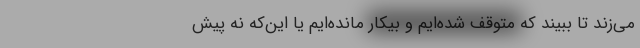
می‌زند تا ببیند که متوقف شده‌ایم و بیکار مانده‌ایم یا این‌که نه پیش